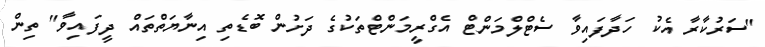
"ސަރުކާރާ އެކު ހަދާފައިވާ ސެޓްލްމަންޓް އެގްރީމަންޓްތަކުގެ ދަށުން ބޮޑެތި އިނާޔަތްތައް ދީފައިވާ" ތިން